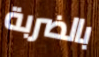
بالضربة